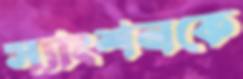
স্যাংশনকে